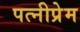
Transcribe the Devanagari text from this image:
पत्नीप्रेम